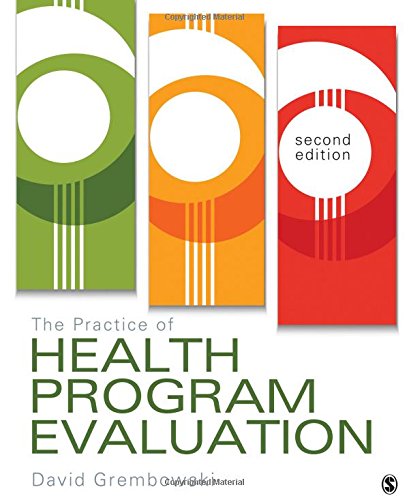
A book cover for The Practice of Health Program Evaluation; David E. Grembowski; Medical Books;